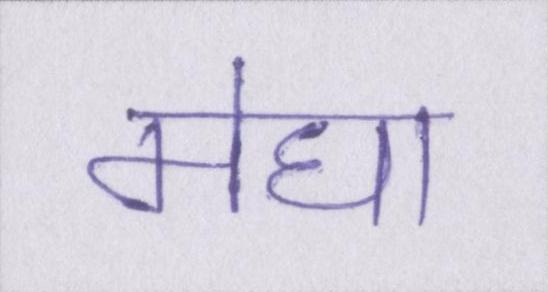
मेघा